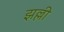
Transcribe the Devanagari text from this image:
झल्ली